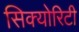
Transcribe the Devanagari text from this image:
सिक्‍योरिटी